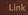
link